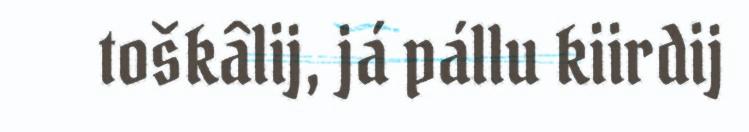
toškâlij, já pállu kiirdij